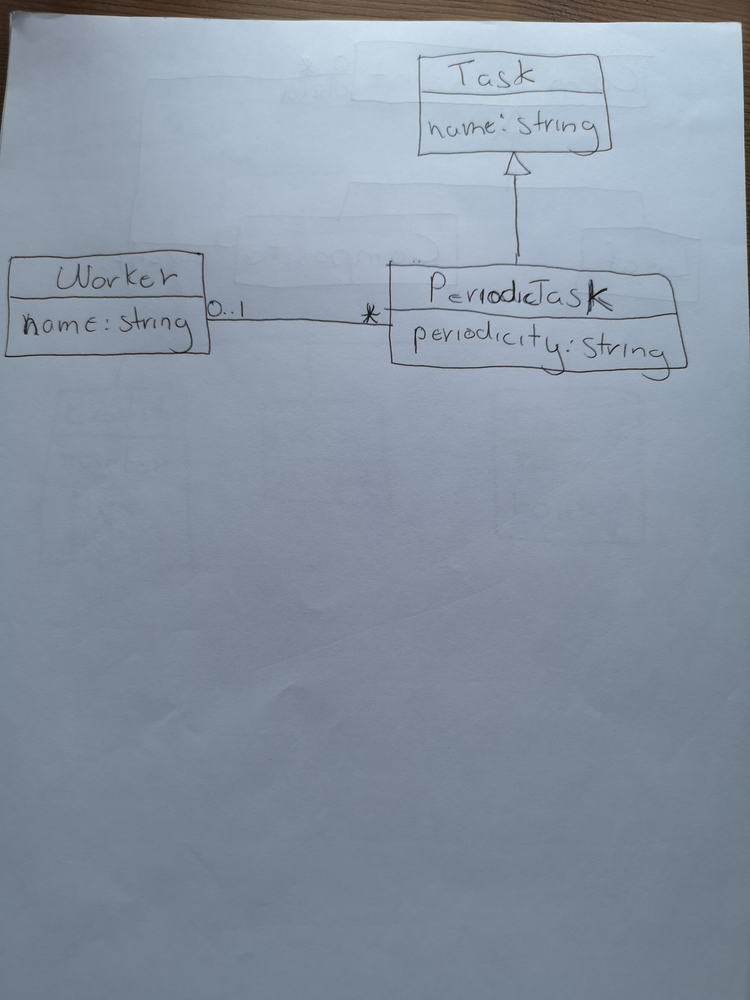
Diagram type: class_diagram
```plantuml
@startuml

class Task {
  name: string
}

class PeriodicTask extends Task {
  periodicity: string
}

class Worker {
  name: string
}

Worker "0..1" -- "*" PeriodicTask

@enduml
```